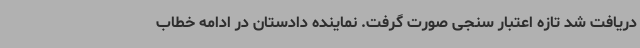
دریافت شد تازه اعتبار سنجی صورت گرفت. نماینده دادستان در ادامه خطاب